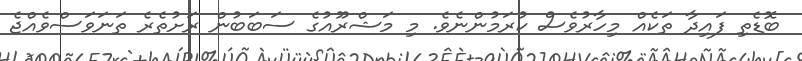
ބޮޑެތި ފައިދާ ތަކެއް މިހާރުވެސް ކުރަމުންނެވެ. މި މަޝްރޫއުގެ ސަބަބުން ރަށުތެރެ ތަނަވަސްވެއްޖެ